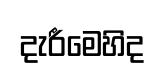
දැරීමෙහිද